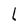
Character: L